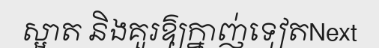
ស្អាត និងគួរឱ្យក្នាញ់ទៀតNext